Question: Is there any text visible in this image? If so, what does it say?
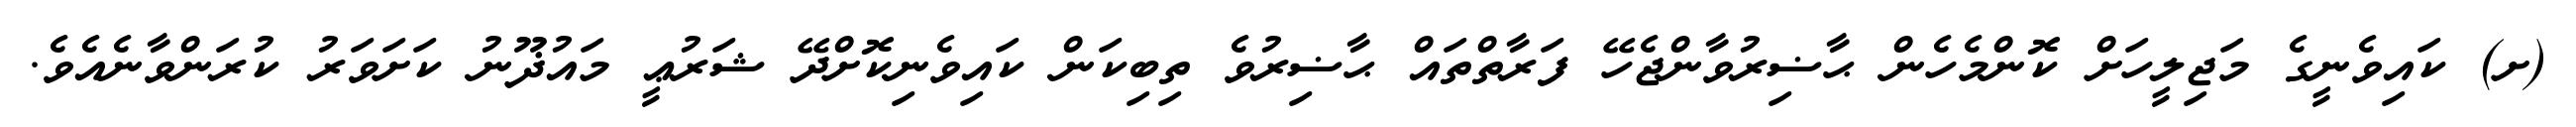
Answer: (ށ) ކައިވެނީގެ މަޖިލީހަށް ކޮންމެހެން ޙާޟިރުވާންޖެހޭ ފަރާތްތައް ޙާޟިރުވެ ތިބިކަން ކައިވެނިކޮށްދޭ ޝަރުޢީ މައުޛޫނު ކަށަވަރު ކުރަންވާނެއެވެ.